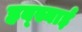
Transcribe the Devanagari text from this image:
हब्स्याई